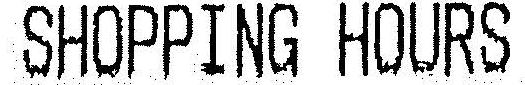
SHOPPING HOURS